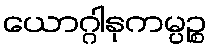
ယောဂ္ဂါနုကမ္ပဉ္စ